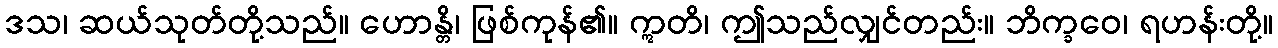
ဒသ၊ ဆယ်သုတ်တို့သည်။ ဟောန္တိ၊ ဖြစ်ကုန်၏။ ဣတိ၊ ဤသည်လျှင်တည်း။ ဘိက္ခဝေ၊ ရဟန်းတို့။